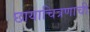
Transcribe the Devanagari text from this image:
छायाचित्रणाची